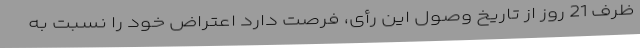
ظرف 21 روز از تاریخ وصول این رأی، فرصت دارد اعتراض خود را نسبت به